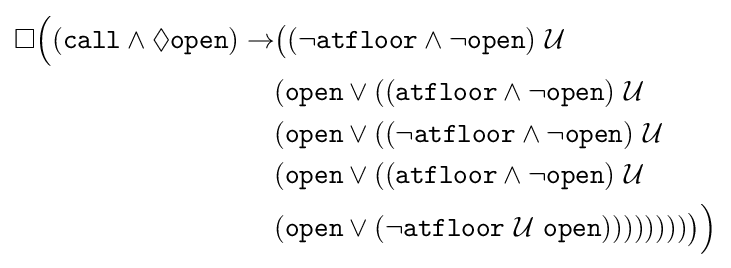
{\begin{aligned}\Box {\Big (}({\texttt {call}}\land \Diamond {\texttt {open}})\to &{\big (}(\lnot {\texttt {atfloor}}\land \lnot {\texttt {open}})~{\mathcal {U}}\\&({\texttt {open}}\lor (({\texttt {atfloor}}\land \lnot {\texttt {open}})~{\mathcal {U}}\\&({\texttt {open}}\lor ((\lnot {\texttt {atfloor}}\land \lnot {\texttt {open}})~{\mathcal {U}}\\&({\texttt {open}}\lor (({\texttt {atfloor}}\land \lnot {\texttt {open}})~{\mathcal {U}}\\&({\texttt {open}}\lor (\lnot {\texttt {atfloor}}~{\mathcal {U}}~{\texttt {open}})))))))){\big )}{\Big )}\end{aligned}}